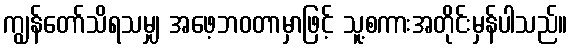
ကျွန်တော်သိရသမျှ အဖေ့ဘဝတာမှာဖြင့် သူ့စကားအတိုင်းမှန်ပါသည်။